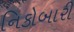
નિકોબારી